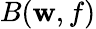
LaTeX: B(\mathbf{w},f)